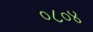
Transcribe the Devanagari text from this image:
०८०४